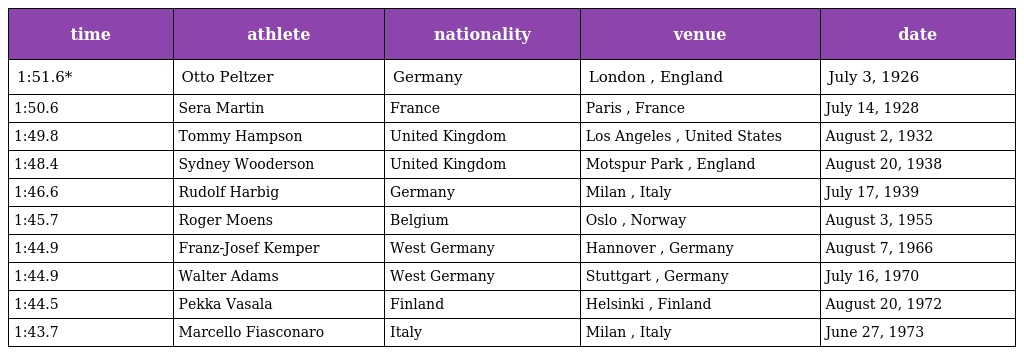
| time | athlete | nationality | venue | date |
 | --- | --- | --- | --- | --- |
 | 1:51.6* | Otto Peltzer | Germany | London , England | July 3, 1926 |
 | 1:50.6 | Sera Martin | France | Paris , France | July 14, 1928 |
 | 1:49.8 | Tommy Hampson | United Kingdom | Los Angeles , United States | August 2, 1932 |
 | 1:48.4 | Sydney Wooderson | United Kingdom | Motspur Park , England | August 20, 1938 |
 | 1:46.6 | Rudolf Harbig | Germany | Milan , Italy | July 17, 1939 |
 | 1:45.7 | Roger Moens | Belgium | Oslo , Norway | August 3, 1955 |
 | 1:44.9 | Franz-Josef Kemper | West Germany | Hannover , Germany | August 7, 1966 |
 | 1:44.9 | Walter Adams | West Germany | Stuttgart , Germany | July 16, 1970 |
 | 1:44.5 | Pekka Vasala | Finland | Helsinki , Finland | August 20, 1972 |
 | 1:43.7 | Marcello Fiasconaro | Italy | Milan , Italy | June 27, 1973 |